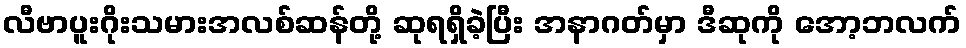
လီဗာပူးဂိုးသမားအလစ်ဆန်တို့ ဆုရရှိခဲ့ပြီး အနာဂတ်မှာ ဒီဆုကို အော့ဘလက်